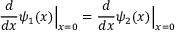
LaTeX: { \frac { d } { d x } } \psi _ { 1 } ( x ) { \Big | } _ { x = 0 } = { \frac { d } { d x } } \psi _ { 2 } ( x ) { \Big | } _ { x = 0 }